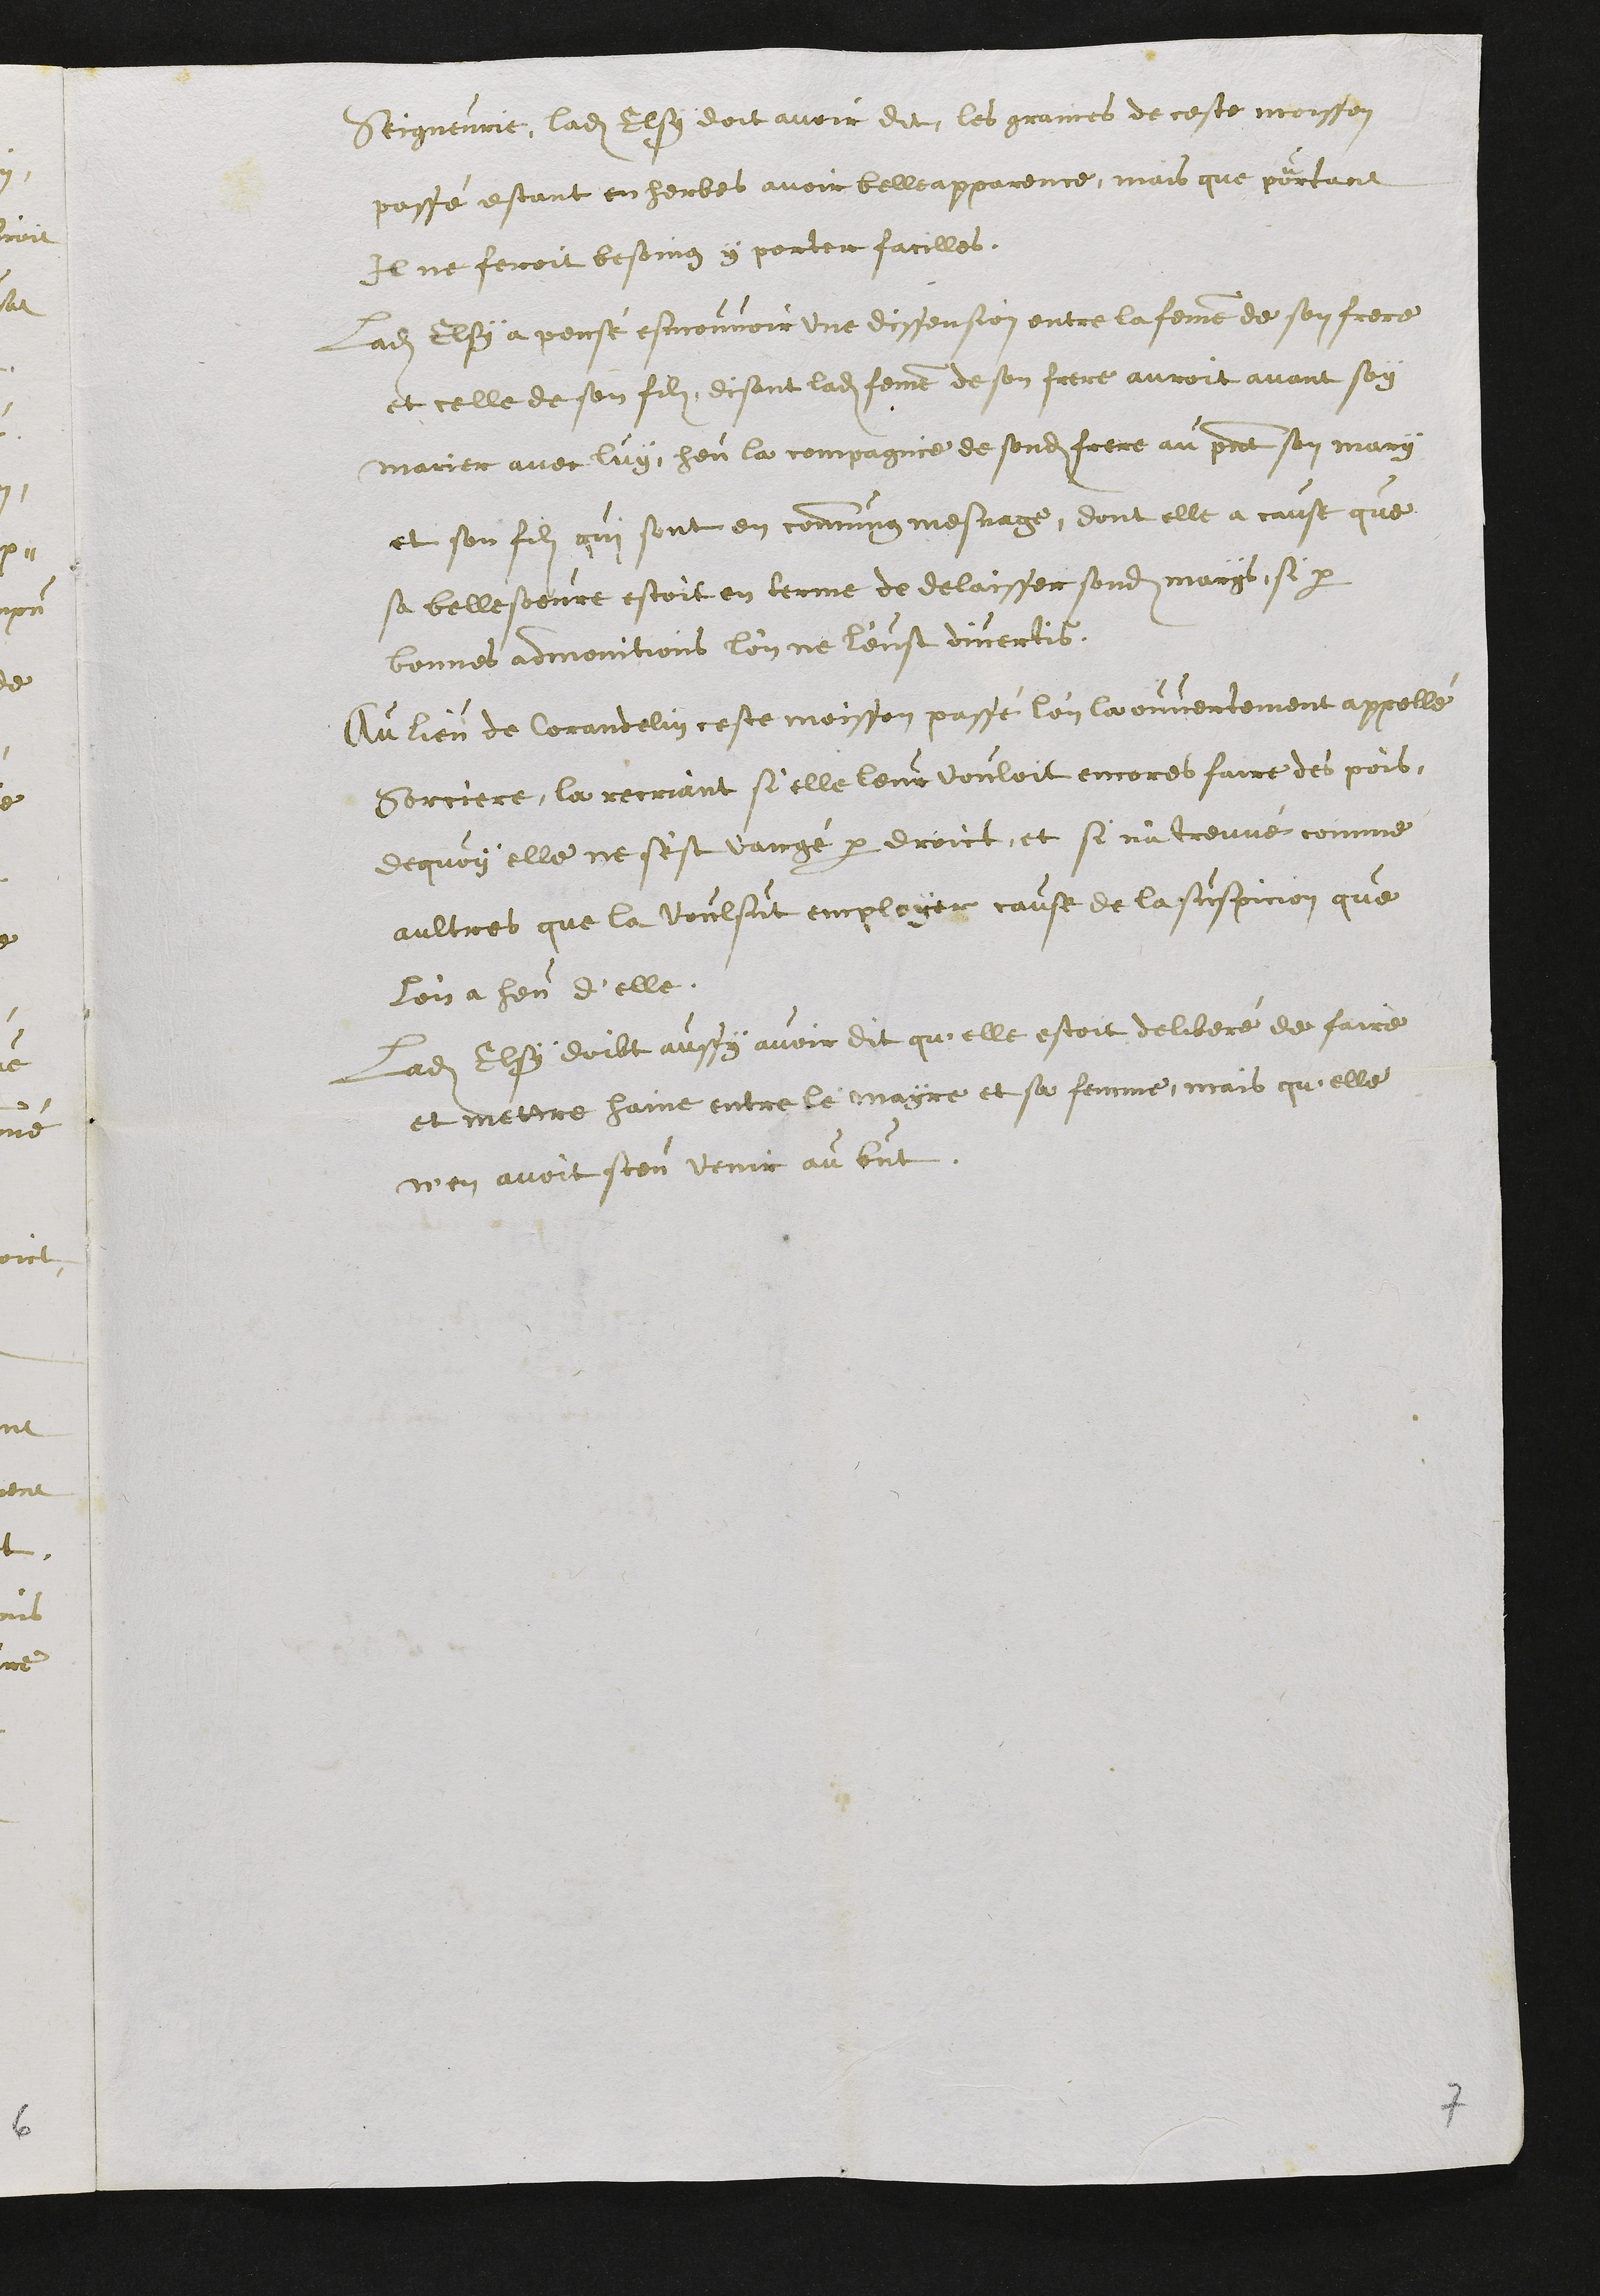
Seigneurie, ladite Elsy doit avoir dit, les graines de ceste moisson
passé estant en herbes avoir belle apparence, mais que pourtant
Il ne feroit besoing y porter facilles.
Ladite Elsy a pensé esmouvoir une dissension entre la femme de son frere
et celle de son filz, disant ladite femme de son frere auroit avant soy
marier avec luy heu la compagnie de sondit frere au present son mary
et son filz qui sont en commung mesnage, dont elle a cause que
sa belle soeure estoit en terme de delaisser sondit marys, si par
bonnes admonitions l'on ne l'eust divertis,
Au lieu de Corandelin ceste moisson passé l'on la ouvertement appellé
Sorciere, la recriant si elle leur vouloit encores faire des pois,
dequoy elle ne s'est vangé par droict, et si n'a treuvé, comme
aultres que la voulsut employer cause de la suspicion que
l'on a heu d'elle.
Ladite Elsy doibt aussy avoir dit qu'elle estoit deliberé de faire
et mettre haine entre le mayre et sa femme, mais qu'elle
n'en avoit sceu venir au but.

7